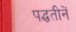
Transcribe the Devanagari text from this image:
पद्धतीनें